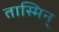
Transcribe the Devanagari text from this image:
तास्मिन्